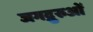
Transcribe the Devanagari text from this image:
जगद्गुरुओं